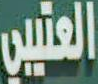
العتيبي